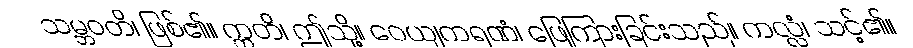
သမ္ဘဝတိ၊ ဖြစ်၏။ ဣတိ၊ ဤသို့။ ဝေယျကရဏံ၊ ဖြေကြားခြင်းသည်။ ကလ္လံ၊ သင့်၏။